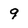
Character: 9